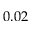
0 . 0 2